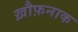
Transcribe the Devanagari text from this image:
ख़ौफ़नाक